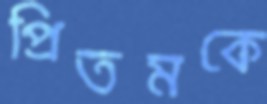
প্রিতমকে